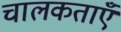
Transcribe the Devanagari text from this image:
चालकताएँ